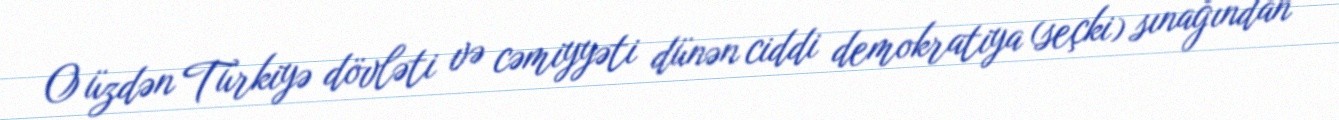
O üzdən Türkiyə dövləti və cəmiyyəti dünən ciddi demokratiya (seçki) sınağından